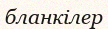
бланкілер